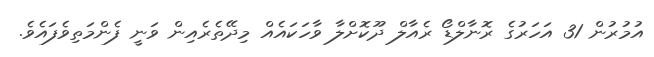
އުމުރުން 31 އަހަރުގެ ރޮނާލްޑޯ ރެއާލް ދޫކޮށްލާ ވާހަކައެއް މިދޭތެރެއިން ވަނީ ފެންމަތިވެފައެވެ.